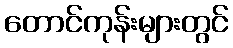
တောင်ကုန်းများတွင်